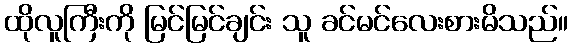
ထိုလူကြီးကို မြင်မြင်ချင်း သူ ခင်မင်လေးစားမိသည်။